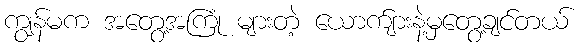
ကျွန်မက အတွေ့အကြုံ များတဲ့ ယောက်ျားနဲ့မှတွေ့ချင်တယ်